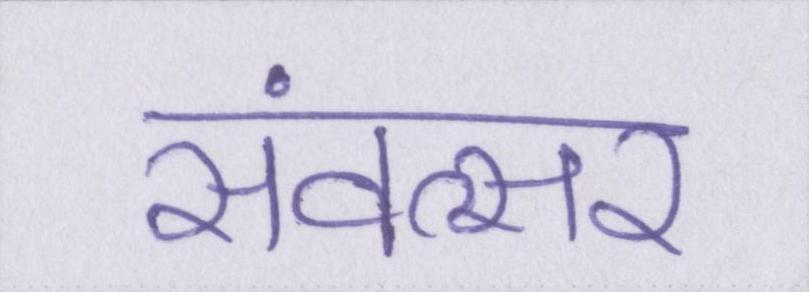
संवत्सर